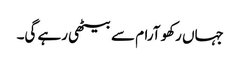
جہاں رکھو آرام سے بیٹھی رہے گی۔